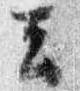
云